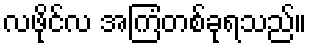
လဖိုင်လ အကြံတစ်ခုရသည်။